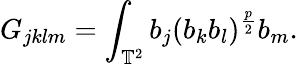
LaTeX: G_{jklm}=\int_{\mathbb{T}^{2}}b_{j}(b_{k}b_{l})^{\frac{p}{2}}b_{m}.